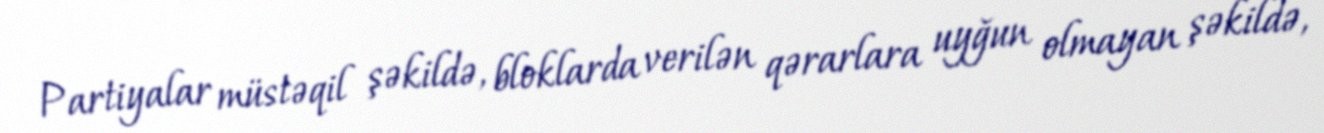
Partiyalar müstəqil şəkildə, bloklarda verilən qərarlara uyğun olmayan şəkildə,